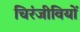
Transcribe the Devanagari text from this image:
चिरंजीवियों